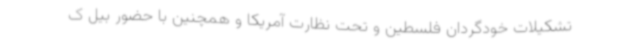
تشکیلات خودگردان فلسطین و تحت نظارت آمریکا و همچنین با حضور بیل ک